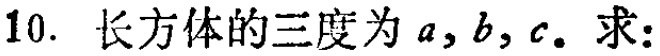
10. 长方体的三度为\(a,b,c\)。求：